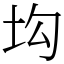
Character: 㘬